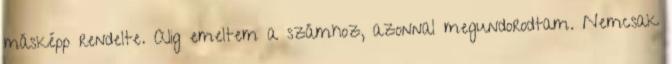
másképp rendelte. Alig emeltem a szám­hoz, azonnal megundorodtam. Nemcsak